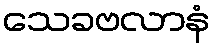
သေခဗလာနံ